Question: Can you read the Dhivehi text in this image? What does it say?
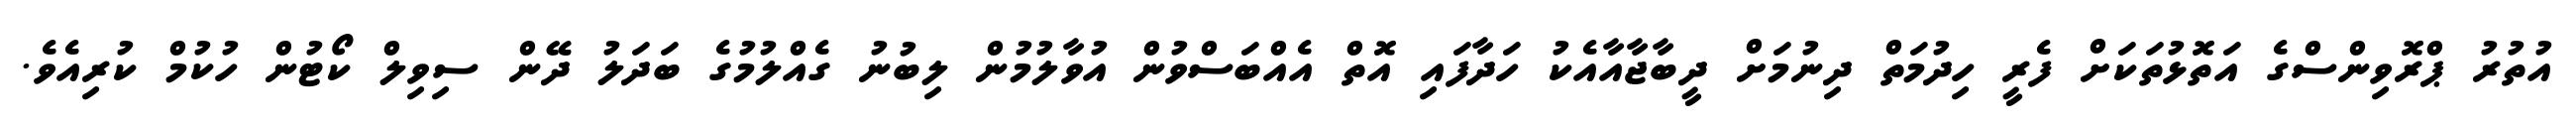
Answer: އުތުރު ޕްރޮވިންސްގެ އަތޮޅުތަކަށް ފެރީ ހިދުމަތް ދިނުމަށް ދީބާޖާއާއެކު ހަދާފައި އޮތް އެއްބަސްވުން އުވާލުމުން ލިބުނު ގެއްލުމުގެ ބަދަލު ދޭން ސިވިލް ކޯޓުން ހުކުމް ކުރިއެވެ.